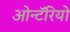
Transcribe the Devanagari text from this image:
ओन्टॅरियो